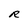
Character: R